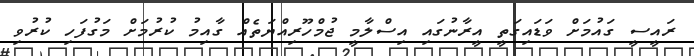
ރައީސީ ގައުމަށް ވަޑައިގަތީ އީރާނުގައި އިސްލާމީ ޖުމްހޫރިއްޔަތެއް ގާއިމު ކުރުމަށް މަގުފަހި ކުރުވި